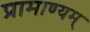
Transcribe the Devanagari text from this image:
प्रामाण्यम्